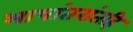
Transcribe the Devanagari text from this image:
भाषांतरांतहि